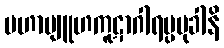
မဟာဗျူဟကူဋာဂါရပ္ပမုခါနိ